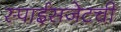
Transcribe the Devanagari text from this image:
स्पाईसजेटची